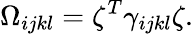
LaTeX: \Omega_{ijkl}=\zeta^{T}\gamma_{ijkl}\zeta.